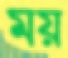
ময়